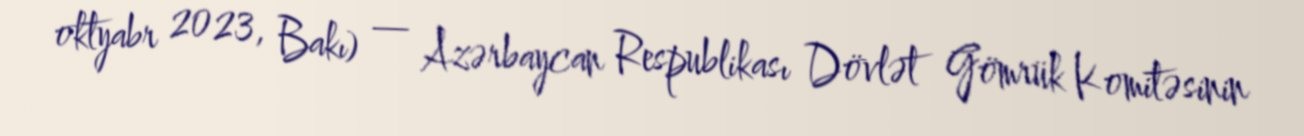
oktyabr 2023, Bakı) — Azərbaycan Respublikası Dövlət Gömrük Komitəsinin